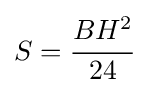
S={\cfrac {BH^{2}}{24}}